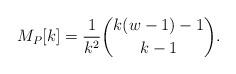
LaTeX: \begin{align*}M_{P}[k]=\frac{1}{k^{2}}\binom{k(w-1)-1}{k-1}.\end{align*}